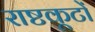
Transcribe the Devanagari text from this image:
राष्टकूटों